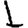
Digit: 1